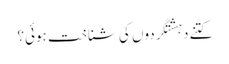
کتنے دہشتگردوں کی شناخت ہوئی؟